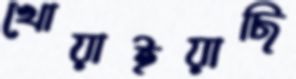
খোয়াইয়াছি